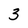
Character: 3